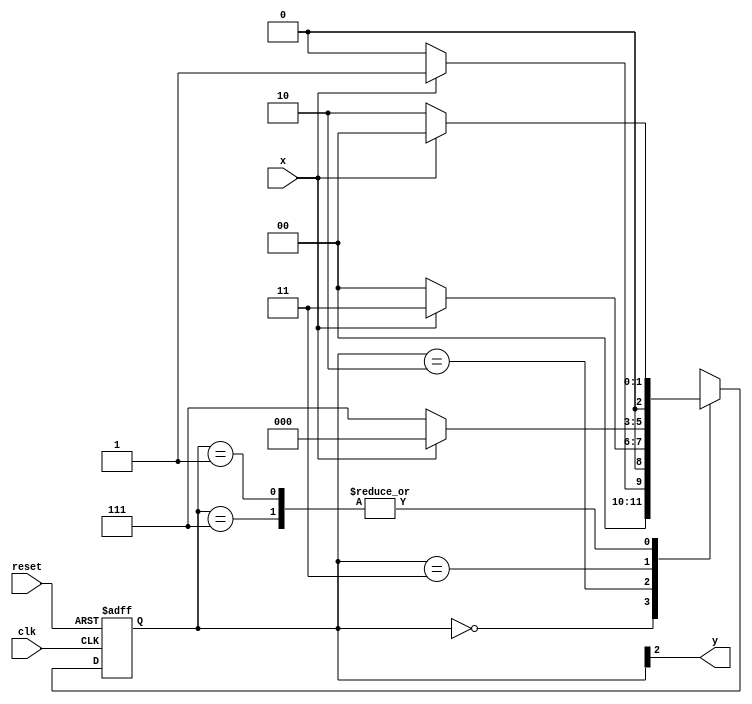
// -----------------------------------------
// - Guia 07 - Wender Zacarias Xavier - 427472
// - Exemplo0053.v
// - Cincia da Computao - 2Perodo
// ----------------------------------------- 

// --------------
// --- Moore FSM
// --------------

// constant definition
   `define found 1
   `define notfound 0

// FSM by Moore
   module exemplo0053 ( y, x, clk, reset );
	output y;
	input x;
	input clk;
	input reset;
	reg y;

parameter // state identifiers

     start = 3'b000,
       id1 = 3'b001,
      id10 = 3'b010,
//     id101 = 3'b101,
     id101 = 3'b011,
    id1010 = 3'b111; // signal found

   reg [2:0] E1; // current state variables
   reg [2:0] E2; // next state logic output

// next state logic

   always @( x or E1 )
      begin
        case( E1 )
      start:
	if ( x )
	     E2 = id1;
	else
	     E2 = start;
      id1:
	if ( x )
             E2 = start;
        else
	     E2 = id10;
      id10:
	if ( x )
	     E2 = id101;
	else
	     E2 = start;
      id101:
	if ( x )
	     E2 = start;
	else
	     E2 = id1010;
      id1010:
        if ( x )
             E2 = start;
        else
             E2 = id10;

      default: // undefined statee

	     E2 = 3'bxxx;
   endcase

   end // always at signal or state changing

// state variables

   always @( posedge clk or negedge reset )
     begin
	if ( reset )
	     E1 = E2; // updates current state
	else
	     E1 = 0; // reset
	end // always at signal changing

// output logic

   always @( E1 )
     begin
	     y = E1[2]; // first bit of state value
   end // always at state changing

 endmodule // exemplo0053